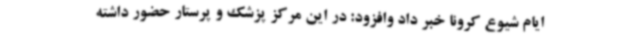
ایام شیوع کرونا خبر داد وافزود: در این مرکز پزشک و پرستار حضور داشته